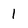
Character: 1